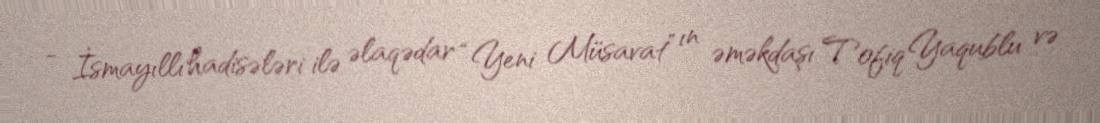
- İsmayıllı hadisələri ilə əlaqədar “Yeni Müsavat” ın əməkdaşı Tofiq Yaqublu və